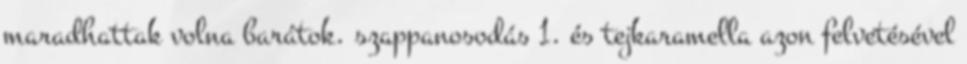
maradhattak volna barátok. szappanosodás 1. és tejkaramella azon felvetésével